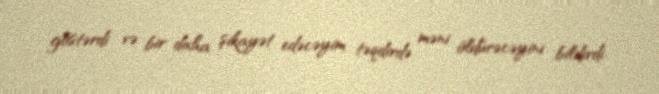
göstərdi və bir daha şikayət edəcəyim təqdirdə məni öldürəcəyini bildirdi.